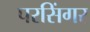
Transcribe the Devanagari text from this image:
परसिंगर